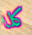
كلا